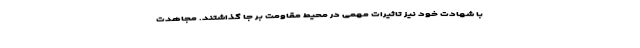
با شهادت خود نیز تاثیرات مهمّی در محیط مقاومت بر جا گذاشتند. مجاهدت